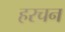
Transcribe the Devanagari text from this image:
हरचन